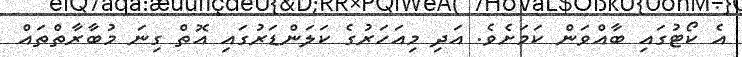
އެ ކޯޓުގައި ބާއްވަން ކަމަށެވެ. އަދި މިއަހަރުގެ ކަލަންޑަރުގައި އޮތް ގިނަ މުބާރާތްތައް